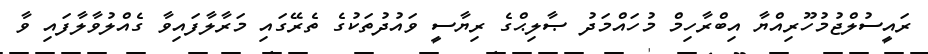
ރައީސުލްޖުމުހޫރިއްޔާ އިބްރާހިމް މުހައްމަދު ޞާލިޙްގެ ރިޔާސީ ވައުދުތަކުގެ ތެރޭގައި މަރާލާފައިވާ ގެއްލުވާލާފައި ވާ